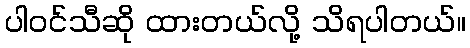
ပါဝင်သီဆို ထားတယ်လို့ သိရပါတယ်။